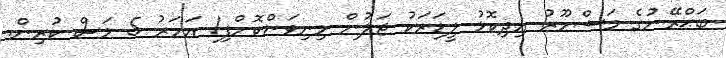
ބަޙްރޭނުގެ މަޝްހޫރު އިދިކޮޅު ލީޑަރަކު ޖަލުން މިނިވަންކޮށްފި1 އަހަރު 5 މަސް ކުރިން.